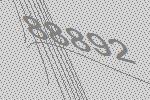
88892